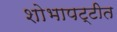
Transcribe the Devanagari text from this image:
शोभापट्टीत